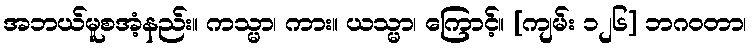
အဘယ်မူစအံ့နည်း။ ကသ္မာ၊ ကား။ ယသ္မာ၊ ကြောင့်။ [ကျမ်း ၁၂၆] ဘဂဝတာ၊